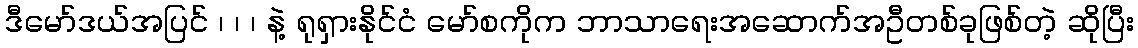
ဒီမော်ဒယ်အပြင် ၊ ၊ ၊ နဲ့ ရုရှားနိုင်ငံ မော်စကိုက ဘာသာရေးအဆောက်အဦတစ်ခုဖြစ်တဲ့ ဆိုပြီး